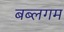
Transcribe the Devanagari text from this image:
बब्लगम